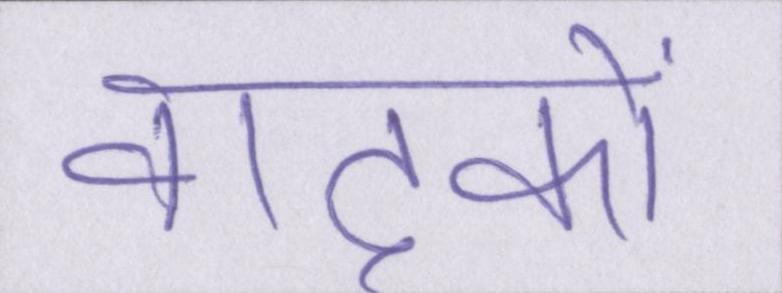
वादकों